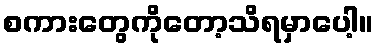
စကားတွေကိုတော့သိရမှာပေါ့။